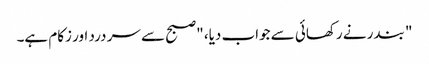
" بندر نے رکھائی سے جواب دیا، "صبح سے سر درد اور زکام ہے۔